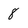
Character: 8